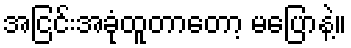
အငြင်းအခုံထူတာတော့ မပြောနဲ့။